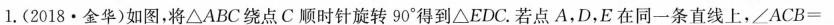
l。(2018·金华)如图，将△ABC绕点C顺时针旋转90°得到△EDC。若点A，D，E在同一条直线上，$$∠ A C B =